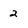
Character: 2